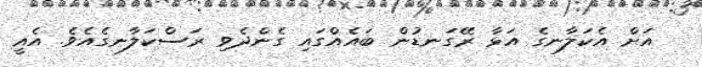
އަށް އެކަލާނގެ އަޅާ ރޭގަނޑުން ބައެއްގައި ގެންދެވި ރަސްކަލާނގެއެވެ. އެއީ